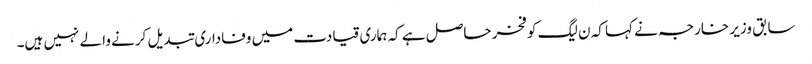
سابق وزیر خارجہ نے کہا کہ ن لیگ کو فخر حاصل ہے کہ ہماری قیادت میں وفاداری تبدیل کرنے والے نہیں ہیں۔